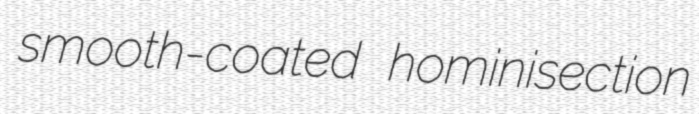
smooth-coated hominisection